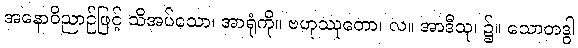
အနောဝိညာဉ်ဖြင့် သိအပ်သော၊ အာရုံကို။ ဗဟုဿုတော၊ လ။ အာဒီသု၊ ၌။ သောတဒွါ